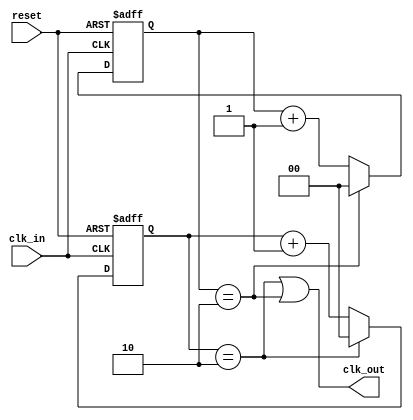
module clk_div (
    input clk_in,     // input clock
    input reset,   // reset signal
    output reg clk_out  // divided clock output
);

  reg [1:0] pos_cnt;
  reg [1:0] neg_cnt;

  always @(posedge clk_in or posedge reset)
    begin
    if (reset) 
        pos_cnt <= 0;
    
      else if (pos_cnt==2) 
          pos_cnt <= 0;
      else 
        pos_cnt <= pos_cnt + 1;
    end
        
  
  always @(negedge clk_in or posedge reset)
    begin
    if (reset) 
        neg_cnt <= 0;
    
      else if (neg_cnt==2) 
          neg_cnt <= 0;
      else 
        neg_cnt <= neg_cnt + 1;
    end

  
  assign clk_out = ((pos_cnt ==2) | (neg_cnt ==2));
  
endmodule